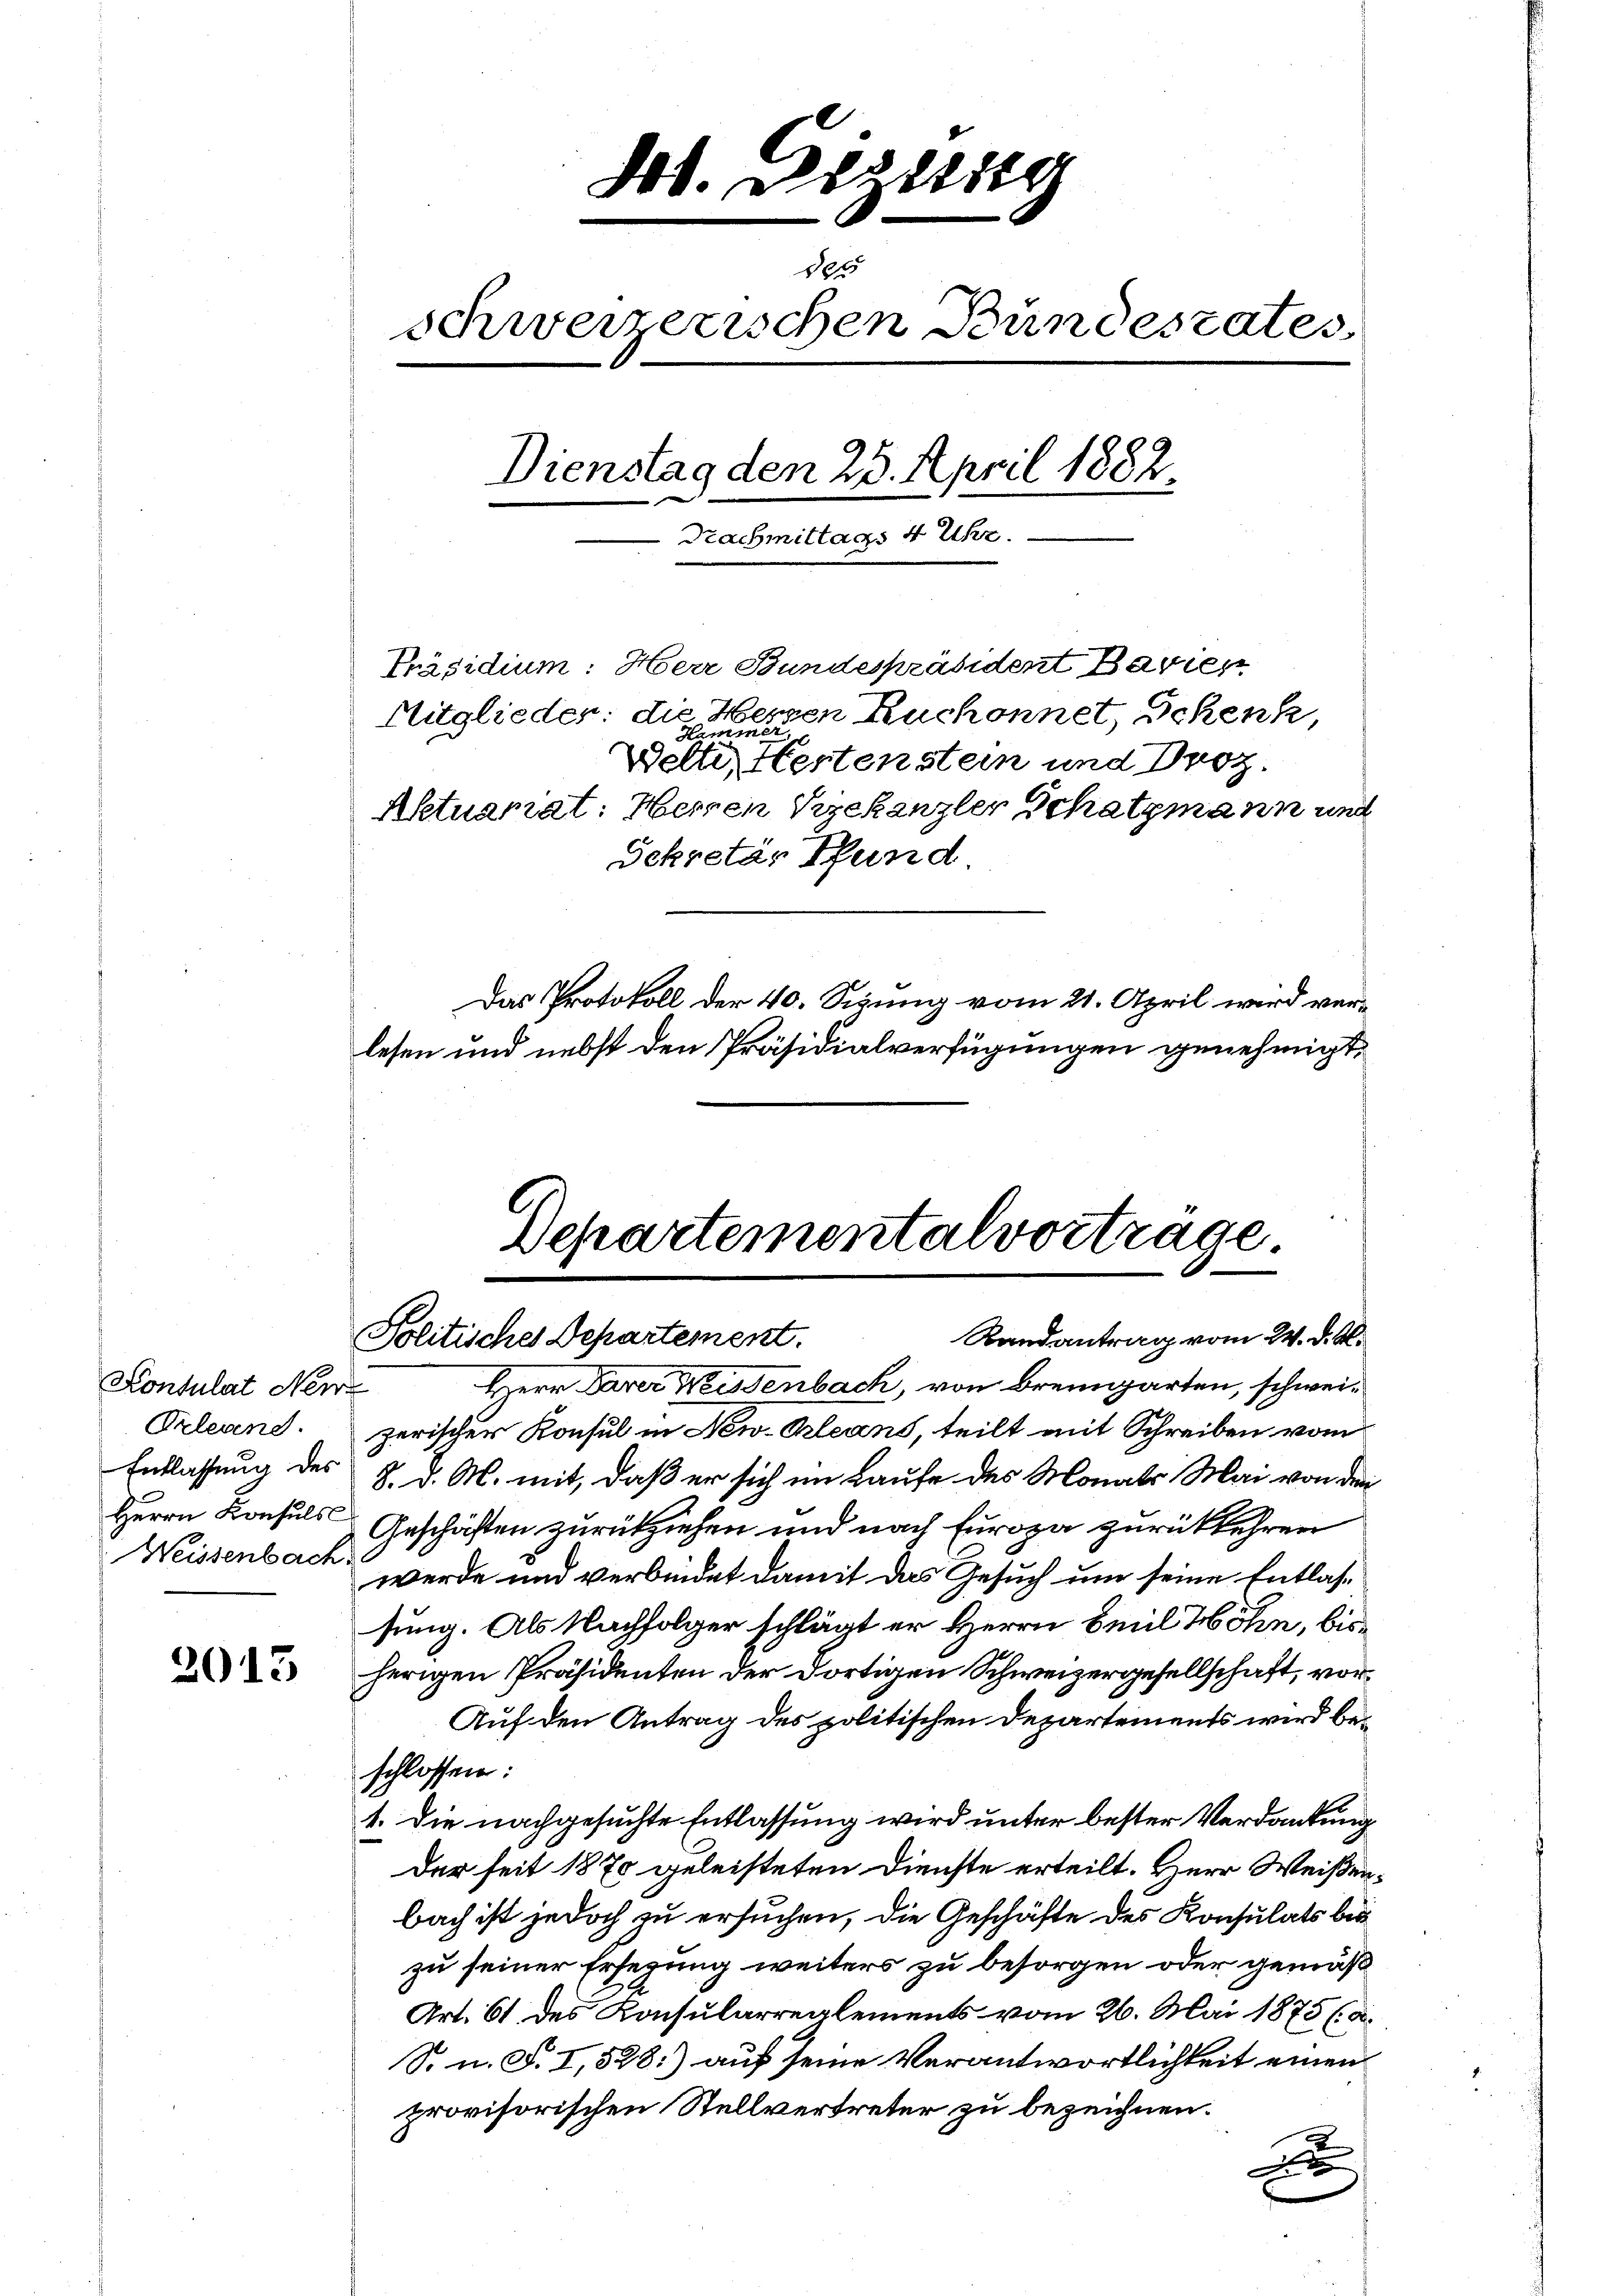
Konsulat Nei
Prlesend.
Entlassung des
Weissenbach.

2013

dt. Dezeig
des
schweizerischen Bundestates
Dienstag den 25. April 1882.
Nachmittags 4 Uhr.
Präsidium: Herr Bundespräsident Bavier
Mitglieder: die Hessen Ruchonnet, Schenk,
wette eine testenstein und Droz.
Aktuariat: Herren Kiekanzler Schatzmann und
Sekretär Pfund
Das Protokoll der 40. Sizung vom 21. April wird verlesen und nebst den Präsidialverfügungen genehmigt,

Departementalvorträge
Politisches Departement.
Randantrag vom 24. d. M.

Herr Parer Wissenbach, von Bremgarten, schweizerischer Konsul in New-Orleans, teilt mit Schreiben vom
8. d. M. mit, daß er sich im Laufe des Monats Mai von den
Herrn Konsuls Geschäften zurückziehen und nach Europa zurückkehren
werde und verbindet damit das Gesuch um seine Entlassung. Als Nachfolger schlägt er Herrn Emil Höhn, bisherigen Präsidenten der dortigen Schweizergesellschaft, vor¬
Auf den Antrag des politischen Departements wird beschlossen:
1. Die nachgesuchte Entlassung wird unter bester Verdankung
Der seit 1870 geleisteten Dienste erteilt. Herr Weißenbach ist jedoch zu ersuchen, die Geschäfte des Konsulats bes
zu seiner Ersezung weiters zu besorgen oder gemäß¬
Art. 61 des Konsularreglements vom 26. Mai 1875 (d.
S. n. F. I, 528) auf seine Verantwortlichkeit einen
provisorischen Stellvertreter zu bezeichnen.
x